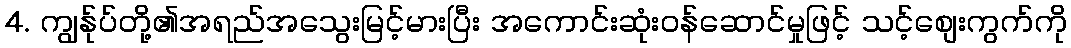
4. ကျွန်ုပ်တို့၏အရည်အသွေးမြင့်မားပြီး အကောင်းဆုံးဝန်ဆောင်မှုဖြင့် သင့်စျေးကွက်ကို